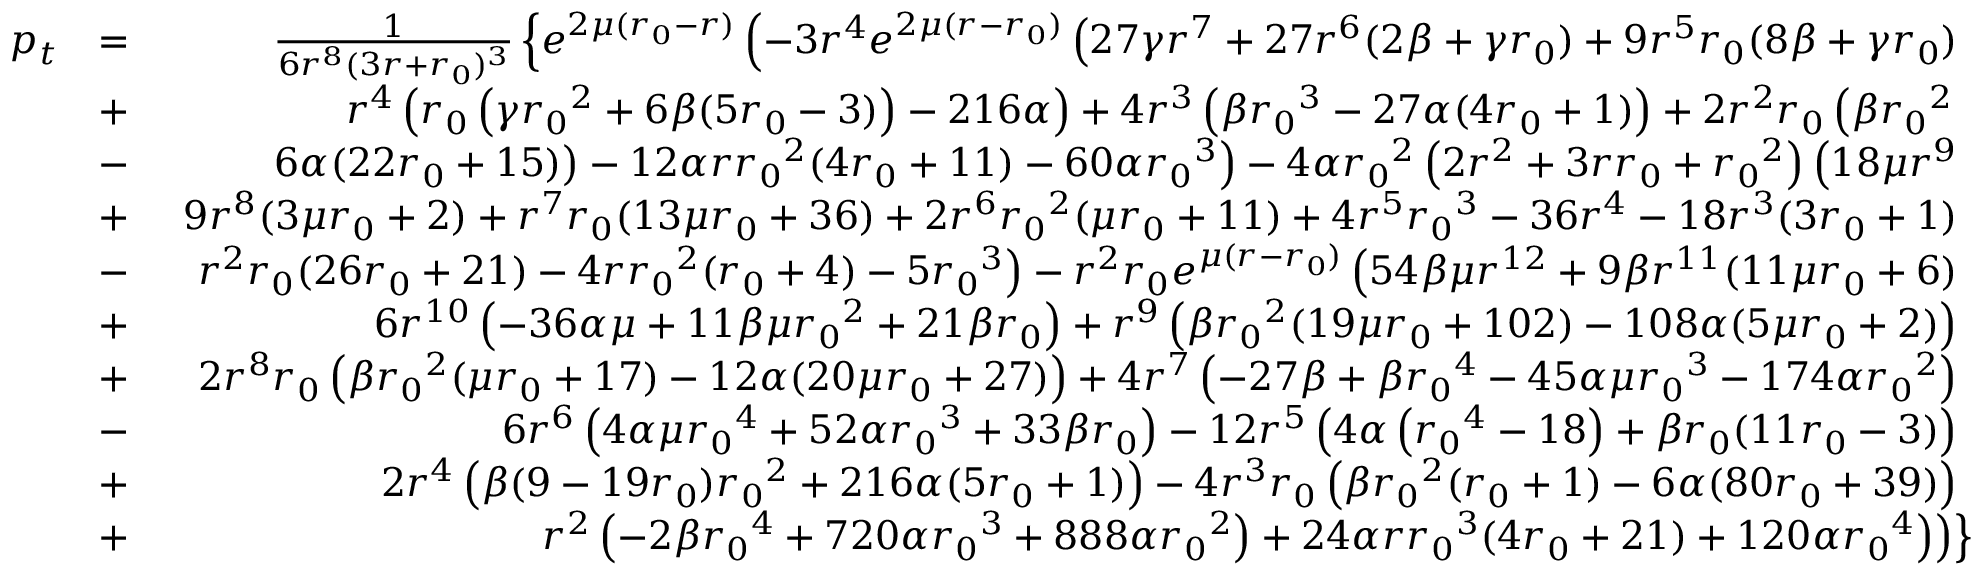
\begin{array} { r l r } { p _ { t } } & { = } & { \frac { 1 } { 6 r ^ { 8 } ( 3 r + { r _ { 0 } } ) ^ { 3 } } \left\lbrace e ^ { 2 \mu ( { r _ { 0 } } - r ) } \left( - 3 r ^ { 4 } e ^ { 2 \mu ( r - { r _ { 0 } } ) } \left( 2 7 \gamma r ^ { 7 } + 2 7 r ^ { 6 } ( 2 \beta + \gamma { r _ { 0 } } ) + 9 r ^ { 5 } { r _ { 0 } } ( 8 \beta + \gamma { r _ { 0 } } ) \right. \right. \right. } \\ & { + } & { \left. \left. \left. r ^ { 4 } \left( { r _ { 0 } } \left( \gamma { r _ { 0 } } ^ { 2 } + 6 \beta ( 5 { r _ { 0 } } - 3 ) \right) - 2 1 6 \alpha \right) + 4 r ^ { 3 } \left( \beta { r _ { 0 } } ^ { 3 } - 2 7 \alpha ( 4 { r _ { 0 } } + 1 ) \right) + 2 r ^ { 2 } { r _ { 0 } } \left( \beta { r _ { 0 } } ^ { 2 } \right. \right. \right. \right. } \\ & { - } & { \left. \left. \left. \left. 6 \alpha ( 2 2 { r _ { 0 } } + 1 5 ) \right) - 1 2 \alpha r { r _ { 0 } } ^ { 2 } ( 4 { r _ { 0 } } + 1 1 ) - 6 0 \alpha { r _ { 0 } } ^ { 3 } \right) - 4 \alpha { r _ { 0 } } ^ { 2 } \left( 2 r ^ { 2 } + 3 r { r _ { 0 } } + { r _ { 0 } } ^ { 2 } \right) \left( 1 8 \mu r ^ { 9 } \right. \right. \right. } \\ & { + } & { \left. \left. \left. 9 r ^ { 8 } ( 3 \mu { r _ { 0 } } + 2 ) + r ^ { 7 } { r _ { 0 } } ( 1 3 \mu { r _ { 0 } } + 3 6 ) + 2 r ^ { 6 } { r _ { 0 } } ^ { 2 } ( \mu { r _ { 0 } } + 1 1 ) + 4 r ^ { 5 } { r _ { 0 } } ^ { 3 } - 3 6 r ^ { 4 } - 1 8 r ^ { 3 } ( 3 { r _ { 0 } } + 1 ) \right. \right. \right. } \\ & { - } & { \left. \left. \left. r ^ { 2 } { r _ { 0 } } ( 2 6 { r _ { 0 } } + 2 1 ) - 4 r { r _ { 0 } } ^ { 2 } ( { r _ { 0 } } + 4 ) - 5 { r _ { 0 } } ^ { 3 } \right) - r ^ { 2 } { r _ { 0 } } e ^ { \mu ( r - { r _ { 0 } } ) } \left( 5 4 \beta \mu r ^ { 1 2 } + 9 \beta r ^ { 1 1 } ( 1 1 \mu { r _ { 0 } } + 6 ) \right. \right. \right. } \\ & { + } & { \left. \left. \left. 6 r ^ { 1 0 } \left( - 3 6 \alpha \mu + 1 1 \beta \mu { r _ { 0 } } ^ { 2 } + 2 1 \beta { r _ { 0 } } \right) + r ^ { 9 } \left( \beta { r _ { 0 } } ^ { 2 } ( 1 9 \mu { r _ { 0 } } + 1 0 2 ) - 1 0 8 \alpha ( 5 \mu { r _ { 0 } } + 2 ) \right) \right. \right. \right. } \\ & { + } & { \left. \left. \left. 2 r ^ { 8 } { r _ { 0 } } \left( \beta { r _ { 0 } } ^ { 2 } ( \mu { r _ { 0 } } + 1 7 ) - 1 2 \alpha ( 2 0 \mu { r _ { 0 } } + 2 7 ) \right) + 4 r ^ { 7 } \left( - 2 7 \beta + \beta { r _ { 0 } } ^ { 4 } - 4 5 \alpha \mu { r _ { 0 } } ^ { 3 } - 1 7 4 \alpha { r _ { 0 } } ^ { 2 } \right) \right. \right. \right. } \\ & { - } & { \left. \left. \left. 6 r ^ { 6 } \left( 4 \alpha \mu { r _ { 0 } } ^ { 4 } + 5 2 \alpha { r _ { 0 } } ^ { 3 } + 3 3 \beta { r _ { 0 } } \right) - 1 2 r ^ { 5 } \left( 4 \alpha \left( { r _ { 0 } } ^ { 4 } - 1 8 \right) + \beta { r _ { 0 } } ( 1 1 { r _ { 0 } } - 3 ) \right) \right. \right. \right. } \\ & { + } & { \left. \left. \left. 2 r ^ { 4 } \left( \beta ( 9 - 1 9 { r _ { 0 } } ) { r _ { 0 } } ^ { 2 } + 2 1 6 \alpha ( 5 { r _ { 0 } } + 1 ) \right) - 4 r ^ { 3 } { r _ { 0 } } \left( \beta { r _ { 0 } } ^ { 2 } ( { r _ { 0 } } + 1 ) - 6 \alpha ( 8 0 { r _ { 0 } } + 3 9 ) \right) \right. \right. \right. } \\ & { + } & { \left. \left. \left. r ^ { 2 } \left( - 2 \beta { r _ { 0 } } ^ { 4 } + 7 2 0 \alpha { r _ { 0 } } ^ { 3 } + 8 8 8 \alpha { r _ { 0 } } ^ { 2 } \right) + 2 4 \alpha r { r _ { 0 } } ^ { 3 } ( 4 { r _ { 0 } } + 2 1 ) + 1 2 0 \alpha { r _ { 0 } } ^ { 4 } \right) \right) \right\rbrace } \end{array}